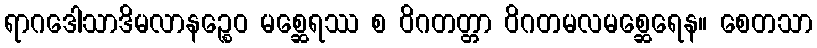
ရာဂဒေါသာဒိမလာနဉ္စေဝ မစ္ဆေရဿ စ ဝိဂတတ္တာ ဝိဂတမလမစ္ဆေရေန။ စေတသာ